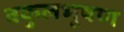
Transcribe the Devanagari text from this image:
वकुलभूषण